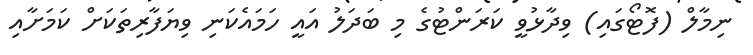
ނިމާލް (ފޮޓޯގައި) ވިދާޅުވީ ކަރަންޓުގެ މި ބަދަލު އައީ ހަމައެކަނި ވިޔަފާރިތަކަށް ކަމަށާއި